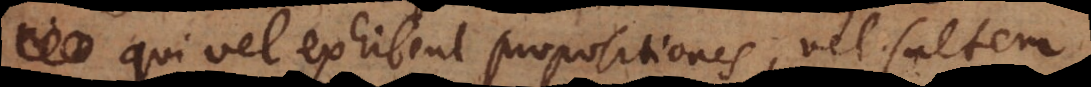
qui vel exhibent propositiones, vel saltem